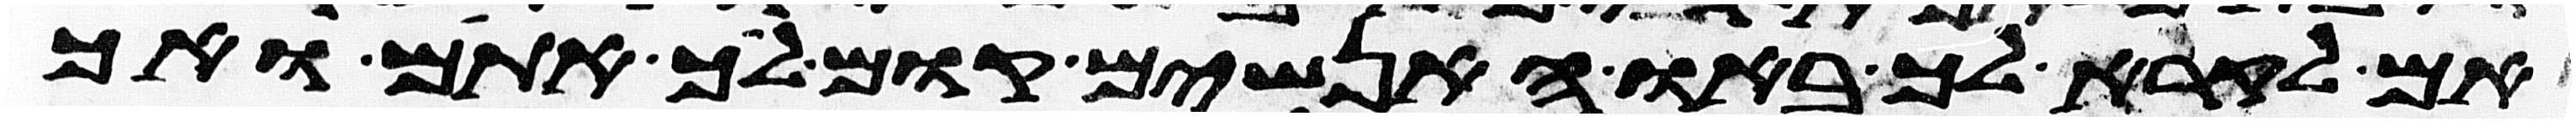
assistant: אם לקרא לך באו האנשים קום לך אתם ואך